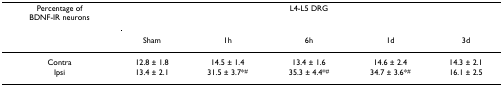
| Percentage of BDNF-IR neurons | <COLSPAN=5> L4-L5 DRG |
 |  | Sham | 1h | 6h | 1d | 3d |
 | --- | --- | --- | --- | --- | --- |
 | Contra | 12.8 ± 1.8 | 14.5 ± 1.4 | 13.4 ± 1.6 | 14.6 ± 2.4 | 14.3 ± 2.1 |
 | Ipsi | 13.4 ± 2.1 | 31.5 ± 3.7*# | 35.3 ± 4.4*# | 34.7 ± 3.6*# | 16.1 ± 2.5 |